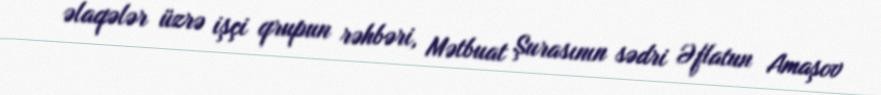
əlaqələr üzrə işçi qrupun rəhbəri, Mətbuat Şurasının sədri Əflatun Amaşov